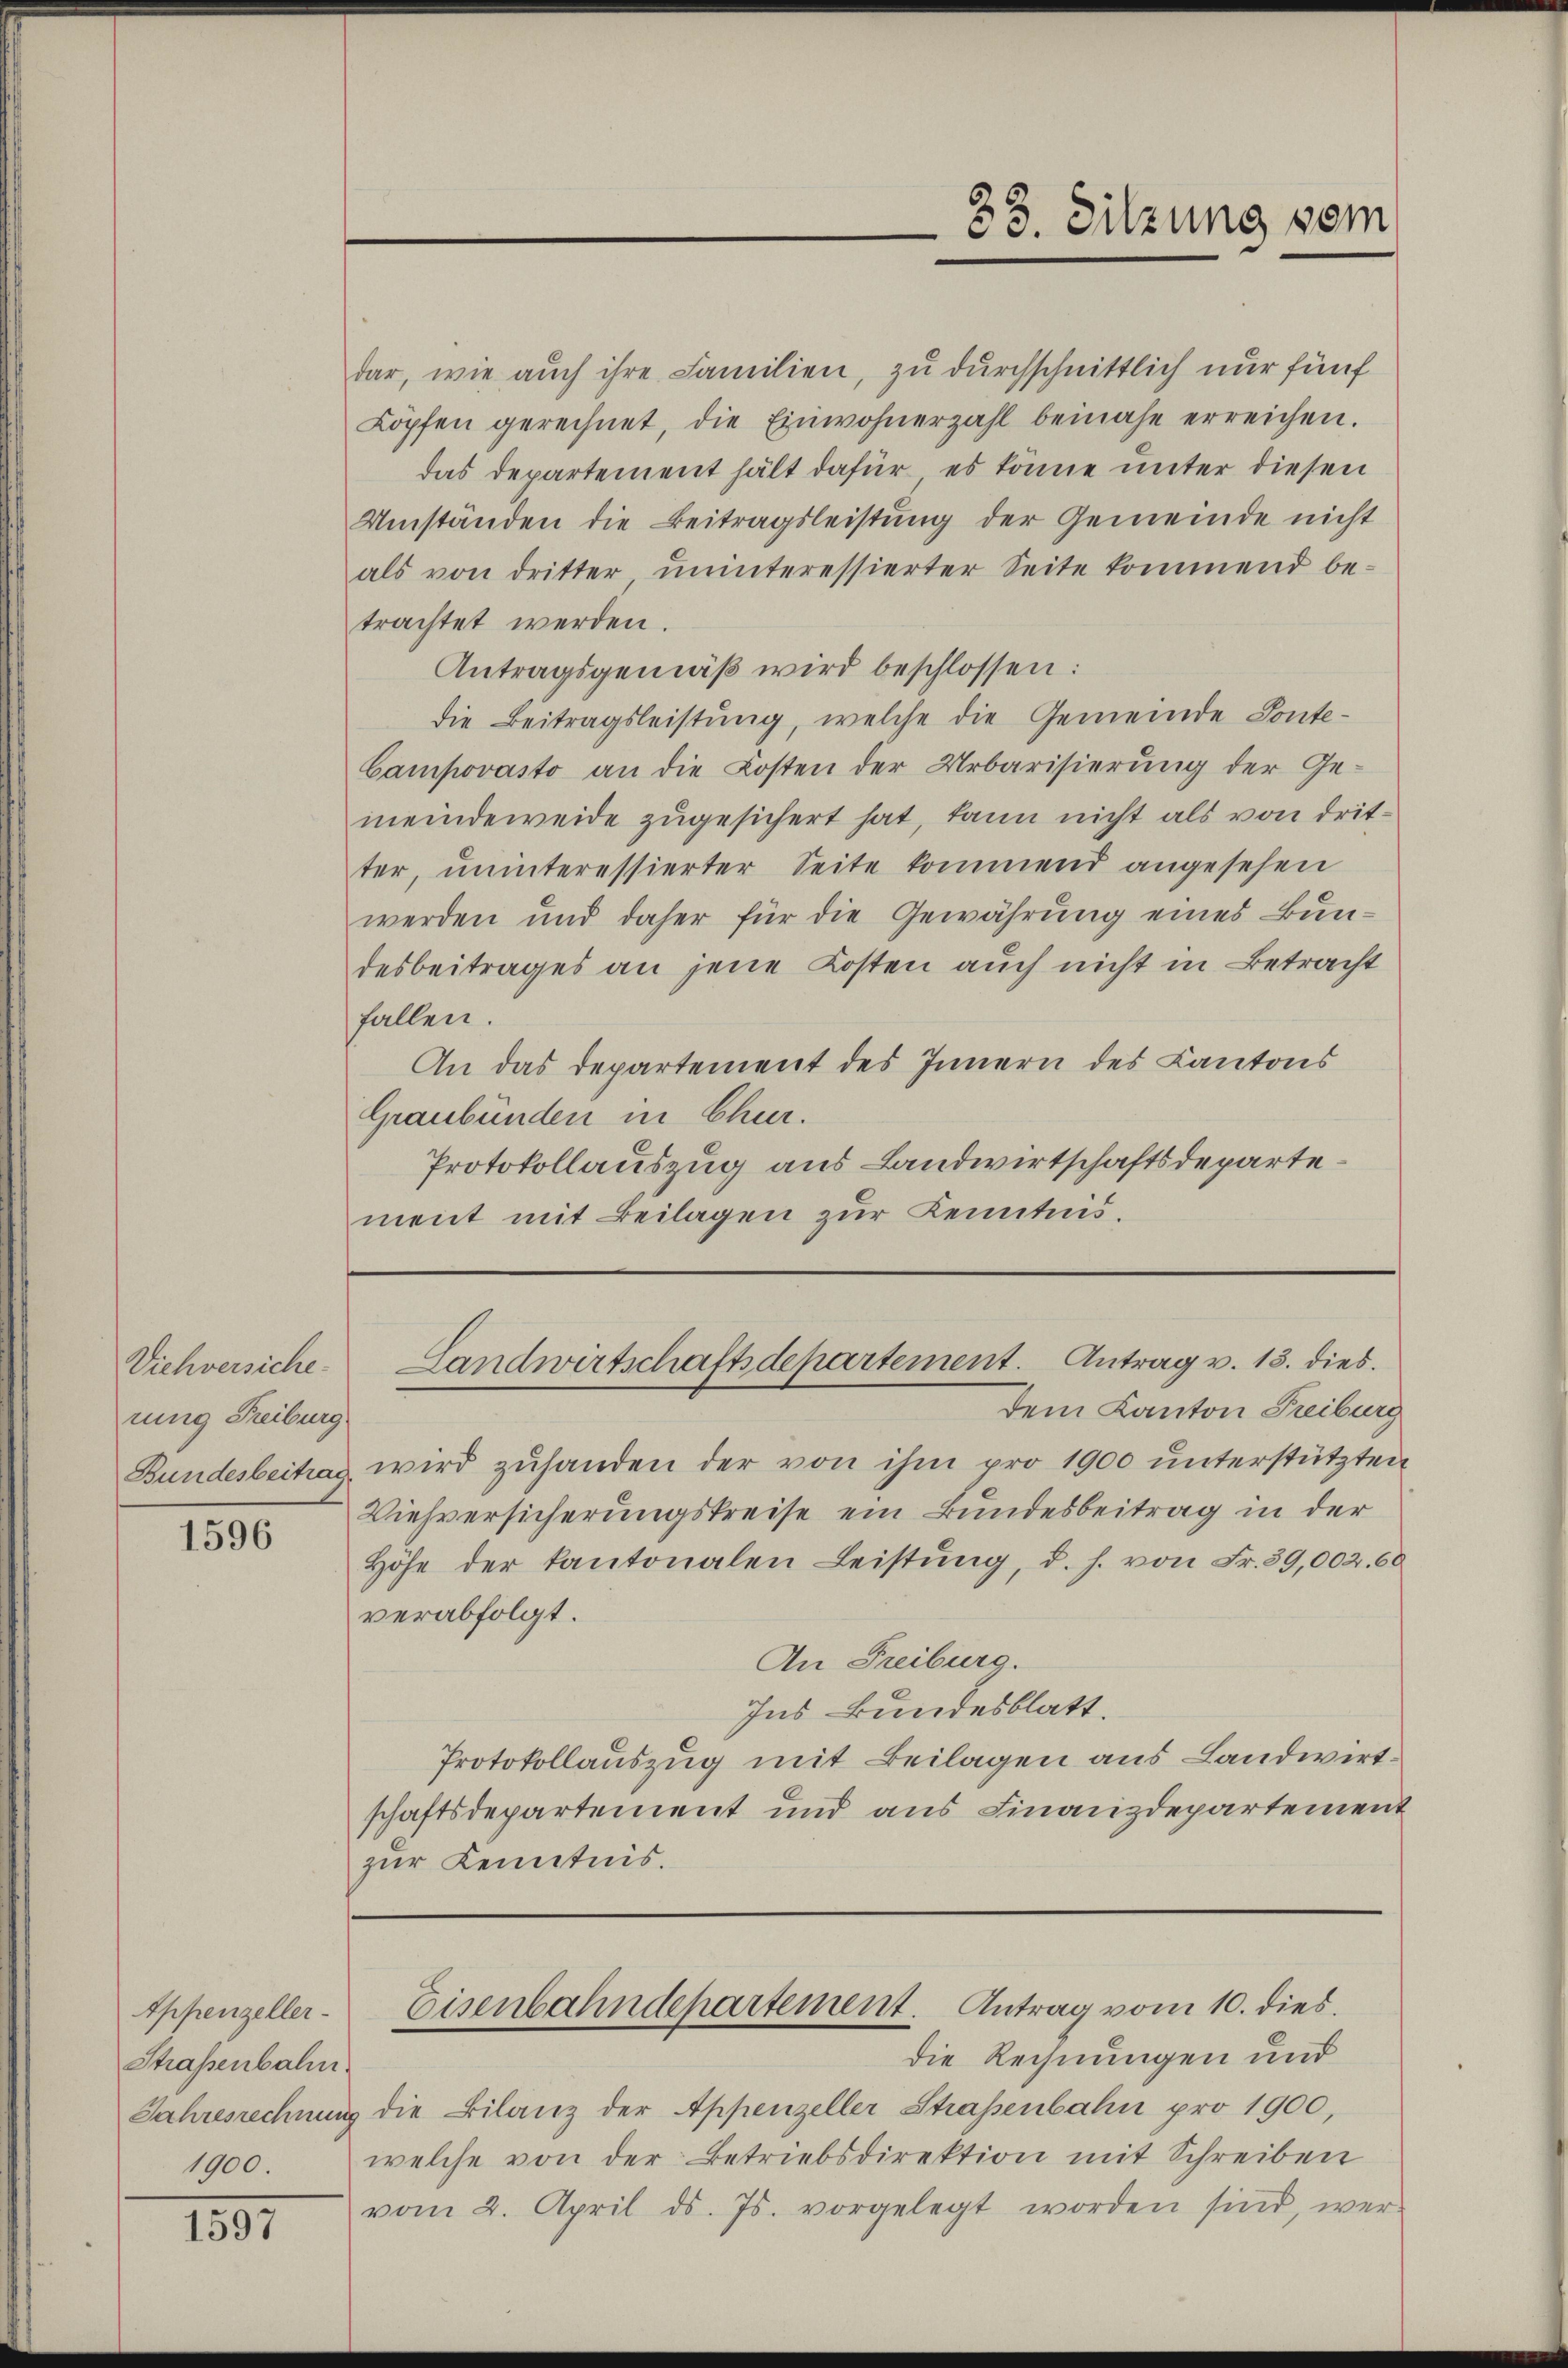
Viehversiche
rung Freiburg

1596

Appenzeller¬
Strassenbahn
1900.

1857

Dem Kanton Freiburg
Bundesbeitrag wird zŭhanden der von ihm pro 1900 unterstützten
Viehversicherungskreise ein Bundesbeitrag in der
Höhe der Kantonalen Leistŭng, d. h. von Fr. 39,002. 60
verabfolgt.
An Freiburg.
Ins Bundesblatt.
Protokollauszug mit Beilagen aus Landwirtschaftsdepartement und aus Finanzdepartement
zur Kenntnis.

33. Sitzung vom

dar, wie auch ihre Familien, zu durchschnittlich nur fünf
Köpfen gerechnet, die Einwohnerzahl beinahe erreichen.
das Departement hält dafür, es könne unter diesen
Umständen die Beitragsleistŭng der Gemeinde nicht
als von dritter ŭninteressierter Seite kommend be-
trachtet werden.
Antragsgemäß wird beschlossen:
die Beitragsleistung, welche die Gemeinde Ponte-
Campovasto an die Kosten der Urbarisierung der Ge-
meindeweide zugesichert hat, kann nicht als von dritter, uninteressierter Seite kommend angesehen
werden und daher für die Gewährung eines Bundesbeitrages an jene Kosten auch nicht in Betracht
fallen.
An das Departement des Innern des Kantons
Graubünden in Chur.
Protokollauszug aus Landwirtschaftsdepartement mit Beilagen zur Kenntnis.

Landwirtschaftsdepartement. Antrag v. 13. dies.

die Rechnungen und
Jahresrechnung die Bilanz der Appenzeller Straßenbahn pro 1900,
welche von der Betriebsdirektion mit Schreiben
vom 2. April d. Js. vorgelegt worden sind, wer-

Eisenbahndepartement. Antrag vom 10. dies.